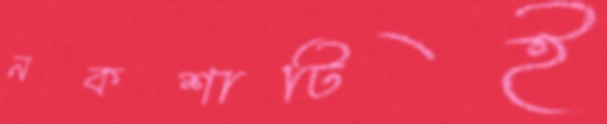
নকশাটিই